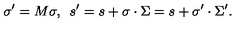
\sigma ^ { \prime } = M \sigma , \enspace s ^ { \prime } = s + \sigma \cdot \Sigma = s + \sigma ^ { \prime } \cdot \Sigma ^ { \prime } .